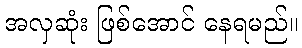
အလှဆုံး ဖြစ်အောင် နေရမည်။